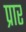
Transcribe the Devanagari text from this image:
प्रार